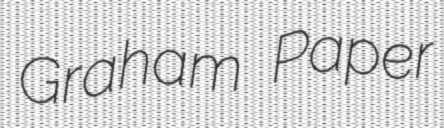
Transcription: Graham Paper